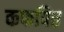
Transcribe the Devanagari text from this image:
कफपित्त